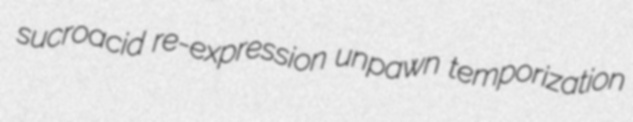
sucroacid re-expression unpawn temporization